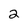
Character: 2